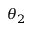
\theta _ { 2 }